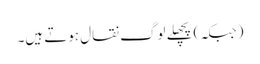
(جبکہ) پچھلے لوگ نقال ہوتے ہیں۔